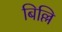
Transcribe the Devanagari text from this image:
बिल्लि